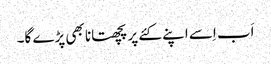
اَب اِسے اپنے کئے پر پچھتانا بھی پڑے گا۔